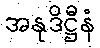
အနုဒိဋ္ဌီနံ